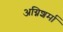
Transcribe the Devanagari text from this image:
अग्निशर्मा